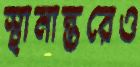
স্থানান্তরেও